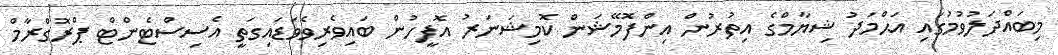
މިބައްދަލުވުމުގައި އަޙްމަދު ޝިޔާމްގެ އިތުރުން އިންފޮމޭޝަން ކޮމިޝަނަރު އޮފީހުން ބައިވެރިވެވަޑައިގަތީ އެސިސްޓެންޓް ޕްރޮގްރާމް